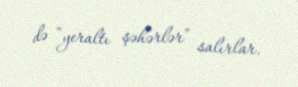
də “yeraltı şəhərlər” salırlar.